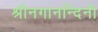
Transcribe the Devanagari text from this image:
श्रीनगानन्दिनी